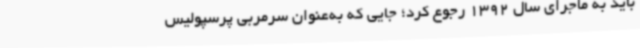
باید به ماجرای سال 1392 رجوع کرد؛ جایی که به‌عنوان سرمربی پرسپولیس